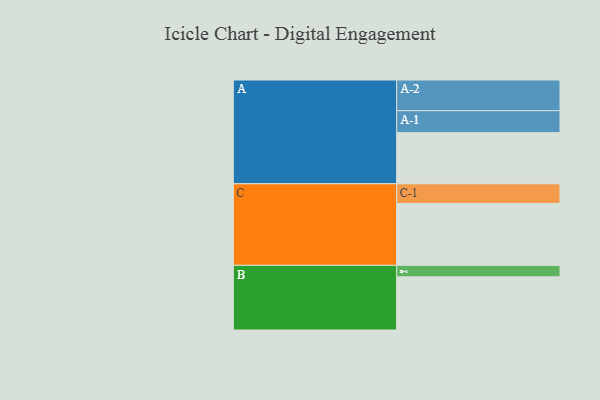
{"axis": {"x": "Segment", "y": "Value"}, "legend": ["", "A", "B", "C"], "data": [{"x": "A", "y": 495, "type": ""}, {"x": "B", "y": 515, "type": ""}, {"x": "C", "y": 599, "type": ""}, {"x": "A-1", "y": 213, "type": "A"}, {"x": "A-2", "y": 297, "type": "A"}, {"x": "B-1", "y": 111, "type": "B"}, {"x": "C-1", "y": 191, "type": "C"}]}